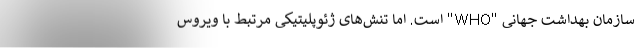
سازمان بهداشت جهانی "WHO" است. اما تنش‌های ژئوپلیتیکی مرتبط با ویروس